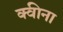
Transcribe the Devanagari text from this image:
क्वीना